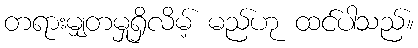
တရားမျှတမှုရှိလိမ့် မည်ဟု ထင်ပါသည်။